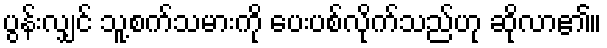
ပွန်းလျှင် သူ့စက်သမားကို ပေးပစ်လိုက်သည်ဟု ဆိုလာ၏။